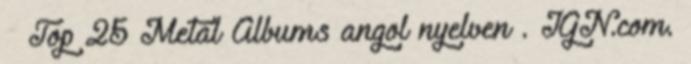
↑ Top 25 Metal Albums angol nyelven . IGN.com.